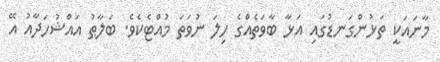
މާނައަކީ ތަޅުންގަނޑުގައި އަޅާ ބާވަތެއްގެ ހިލަ ނުވަތަ މުއްޓެކެވެ. ބަލާޠު އައްޝުހަދާއު އޭ